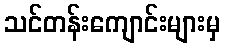
သင်တန်းကျောင်းများမှ